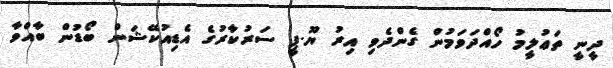
ދީނީ ތަޢުލީމު ހޯއްދަވަމުން ގެންދެވި އިރު ޔޫ.ޕީ ސަރުކާރުގެ އެޑިއުކޭޝަން ބޯޑުން ބާއްވާ